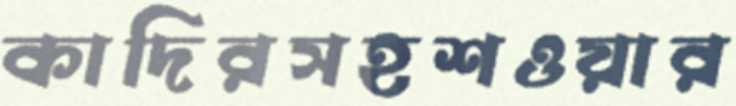
কাদিরসহশওয়ার